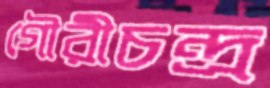
গৌরীচন্দ্র